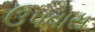
ઉપવાસ